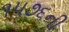
૧૫૭૬ની